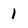
Character: 1